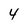
Character: 4